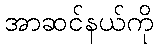
အာဆင်နယ်ကို